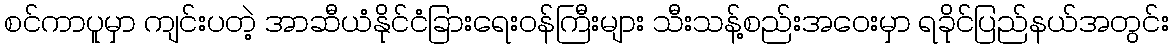
စင်ကာပူမှာ ကျင်းပတဲ့ အာဆီယံနိုင်ငံခြားရေးဝန်ကြီးများ သီးသန့်စည်းအဝေးမှာ ရခိုင်ပြည်နယ်အတွင်း